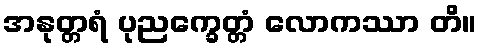
အနုတ္တရံ ပုညက္ခေတ္တံ လောကဿာ တိ။